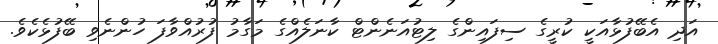
އަދި އެބޭފުޅާއަކީ ކުރީގެ ސިފައިންގެ ލިޓުއަނެންޓް ކާނަލެއްގެ މަގާމު ފުރުއްވާފަ ހުންނެވި ބޭފުޅެކެވެ.